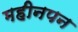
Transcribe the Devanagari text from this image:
महीनपन